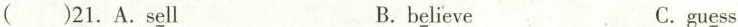
( )21.A.S\underline{e} ll B. b\underline{e} lieve C.gu\underline{e} ss